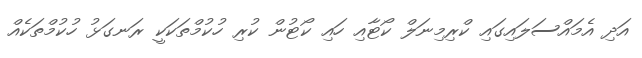
އަދި އެމައްސަލައިގައި ކްރިމިނަލް ކޯޓާއި ހައި ކޯޓުން ކުރި ހުކުމްތަކަކީ ރަނގަޅު ހުކުމްތަކެއް